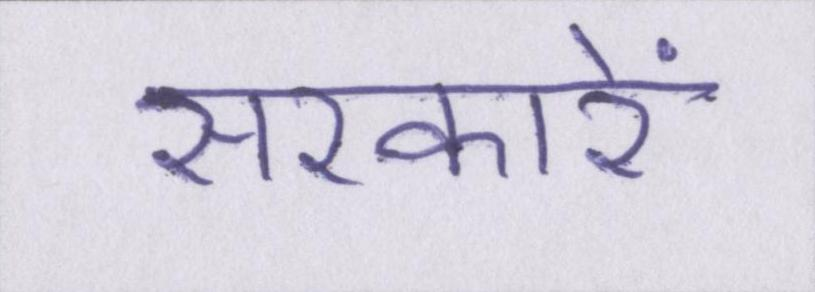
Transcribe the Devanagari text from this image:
सरकारें